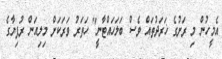
އެމީހުން މި ރަށުގެ ޚަރަދުތައް ވެސް ބަލަހައްޓާނީ" ހަތަރު ވަރަކަށް މިލިއަން ރުފިޔާގެ